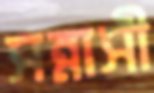
সন্নাসী